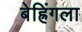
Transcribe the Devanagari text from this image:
बेह्रिंगला